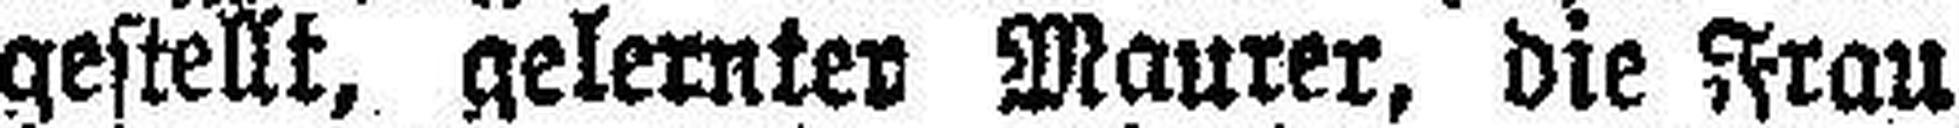
gestellt, gelernten Maurer, die Frau